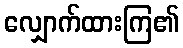
လျှောက်ထားကြ၏